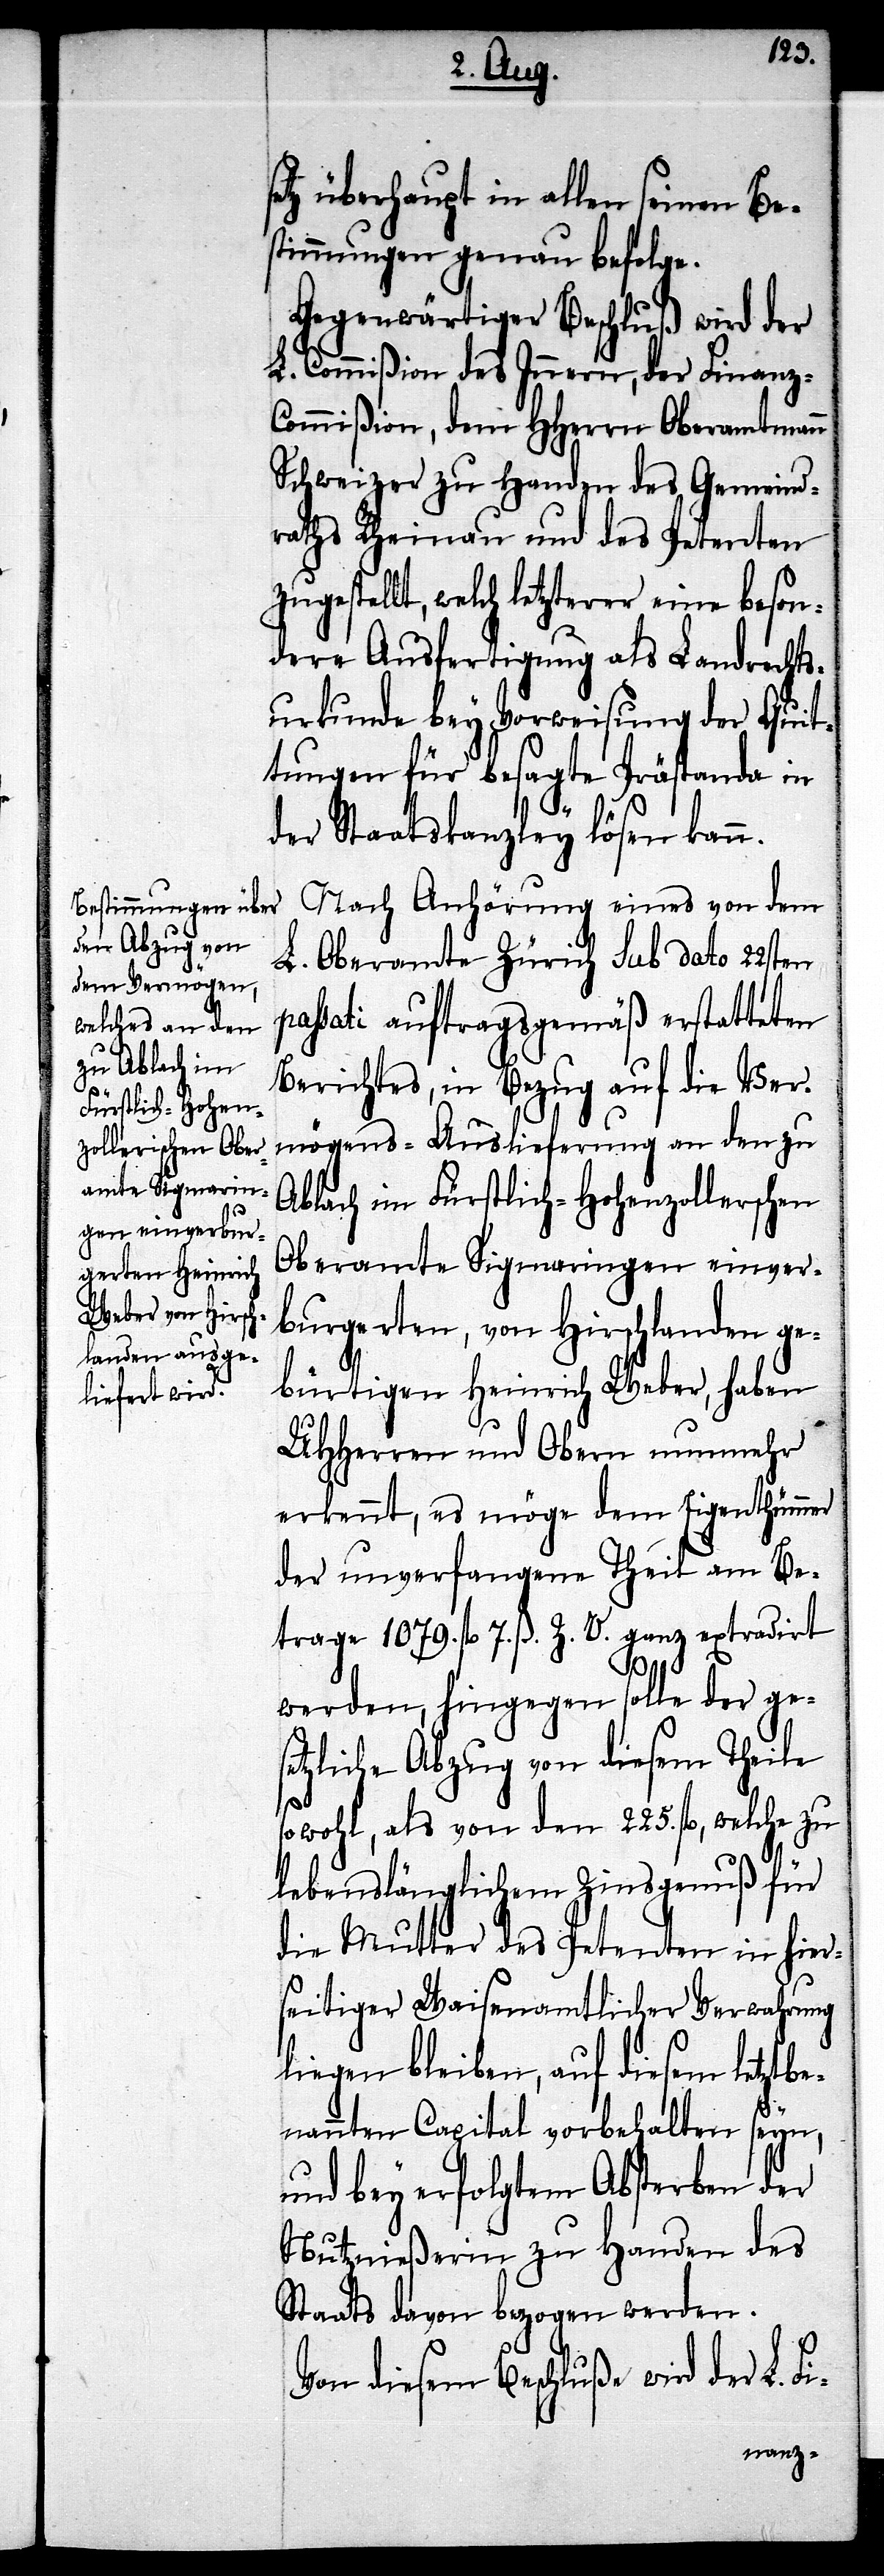
tz überhaupt in allen seinen Be¬
stimmungen genau befolge.
Gegenwärtiger Beschluß wird der
L. Commißion des Innern, der Finanz-C¬
ommißion, dem Herrn Oberamtmann
Schweizer zu Handen des Gemeind¬
raths Rheinau und des Petenten
zugestellt, welch letzterer eine beson¬
dere Ausfertigung als Landrechts¬
urkunde bey Vorweisung der Quit¬
tungen für besagte Prästanda in
der Staatskanzley lösen kann.
Nach Anhörung eines von dem
L. Oberamte Zürich sub dato 22sten
passati auftragsgemäß erstatteten
Berichtes, in Bezug auf die Ver¬
mögens-Auslieferung an den zu
Ablach im Fürstlich-Hohenzollerschen
Oberamte Sigmaringen einver¬
burgerten, von Hirschlanden ge¬
bürtigen Heinrich Weber, haben
UHHerren und Obern nunmehr
erkennt, es möge dem Eigenthümer
der unverfangene Theil am Be¬
trage 1079. fl. 7. ß. Z. V. ganz extradirt
se¬
werden, hingegen solle der ge¬
setzliche Abzug von diesem Theile
sowohl, als von den 225. fl., welche zu
lebenslänglichem Zinsgenuß für
die Mutter des Petenten in hier¬
seitiger Waisenamtlicher Verwahrung
liegen bleiben, auf diesem letztbe¬
nannten Capital vorbehalten seyn,
und bey erfolgtem Absterben der
Nutznießerin zu Handen des
Staats davon bezogen werden.
Von diesem Beschluße wird der L. Fi-